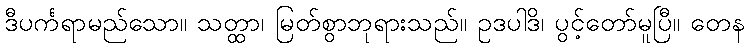
ဒီပင်္ကရာမည်သော။ သတ္ထာ၊ မြတ်စွာဘုရားသည်။ ဥဒပါဒိ၊ ပွင့်တော်မူပြီ။ တေန